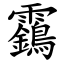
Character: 靎